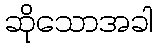
ဆိုသောအခါ